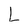
Character: L